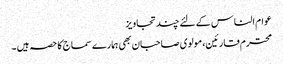
عوام الناس کے لئے چند تجاویز
محترم قارئین، مولوی صاحبان بھی ہمارے سماج کا حصہ ہیں ۔